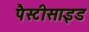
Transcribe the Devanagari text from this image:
पैस्टीसाइड